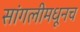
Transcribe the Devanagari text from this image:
सांगलीमधूनच